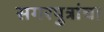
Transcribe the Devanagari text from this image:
सगरपुत्रांचा